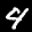
Label: 4